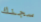
سجنك